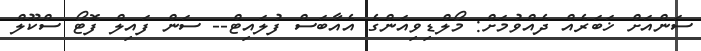
ސަންއަށް ޚަބަރެއް ދެއްވުމަށް: މޯލްޑިވިއަންގެ އެއާބަސް ފުލައިޓް-- ސަން ފައިލް ފޮޓޯ ސްކޫލް